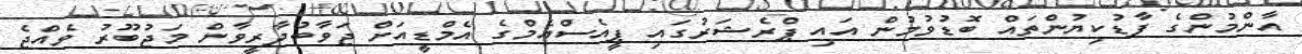
އާންމުންގެ ފާޑުކިޔުންތައް ބޮޑުވުމުން އައި ޕްރެޝަރުގައި ޕީއެސްއެމްގެ އެމްޑީއަށް ޖަވާބުދާރީވާން މަޖުބޫރު ވެއްޖެ